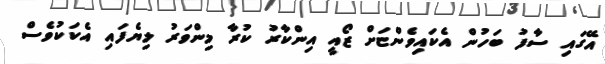
އޭގައި ސާފު ބަހުން އެކައިވެންޏަށް ޒޯއީ އިންކާރު ކުރާ މިންވަރު ލިޔެފައި އެކަކުވެސް